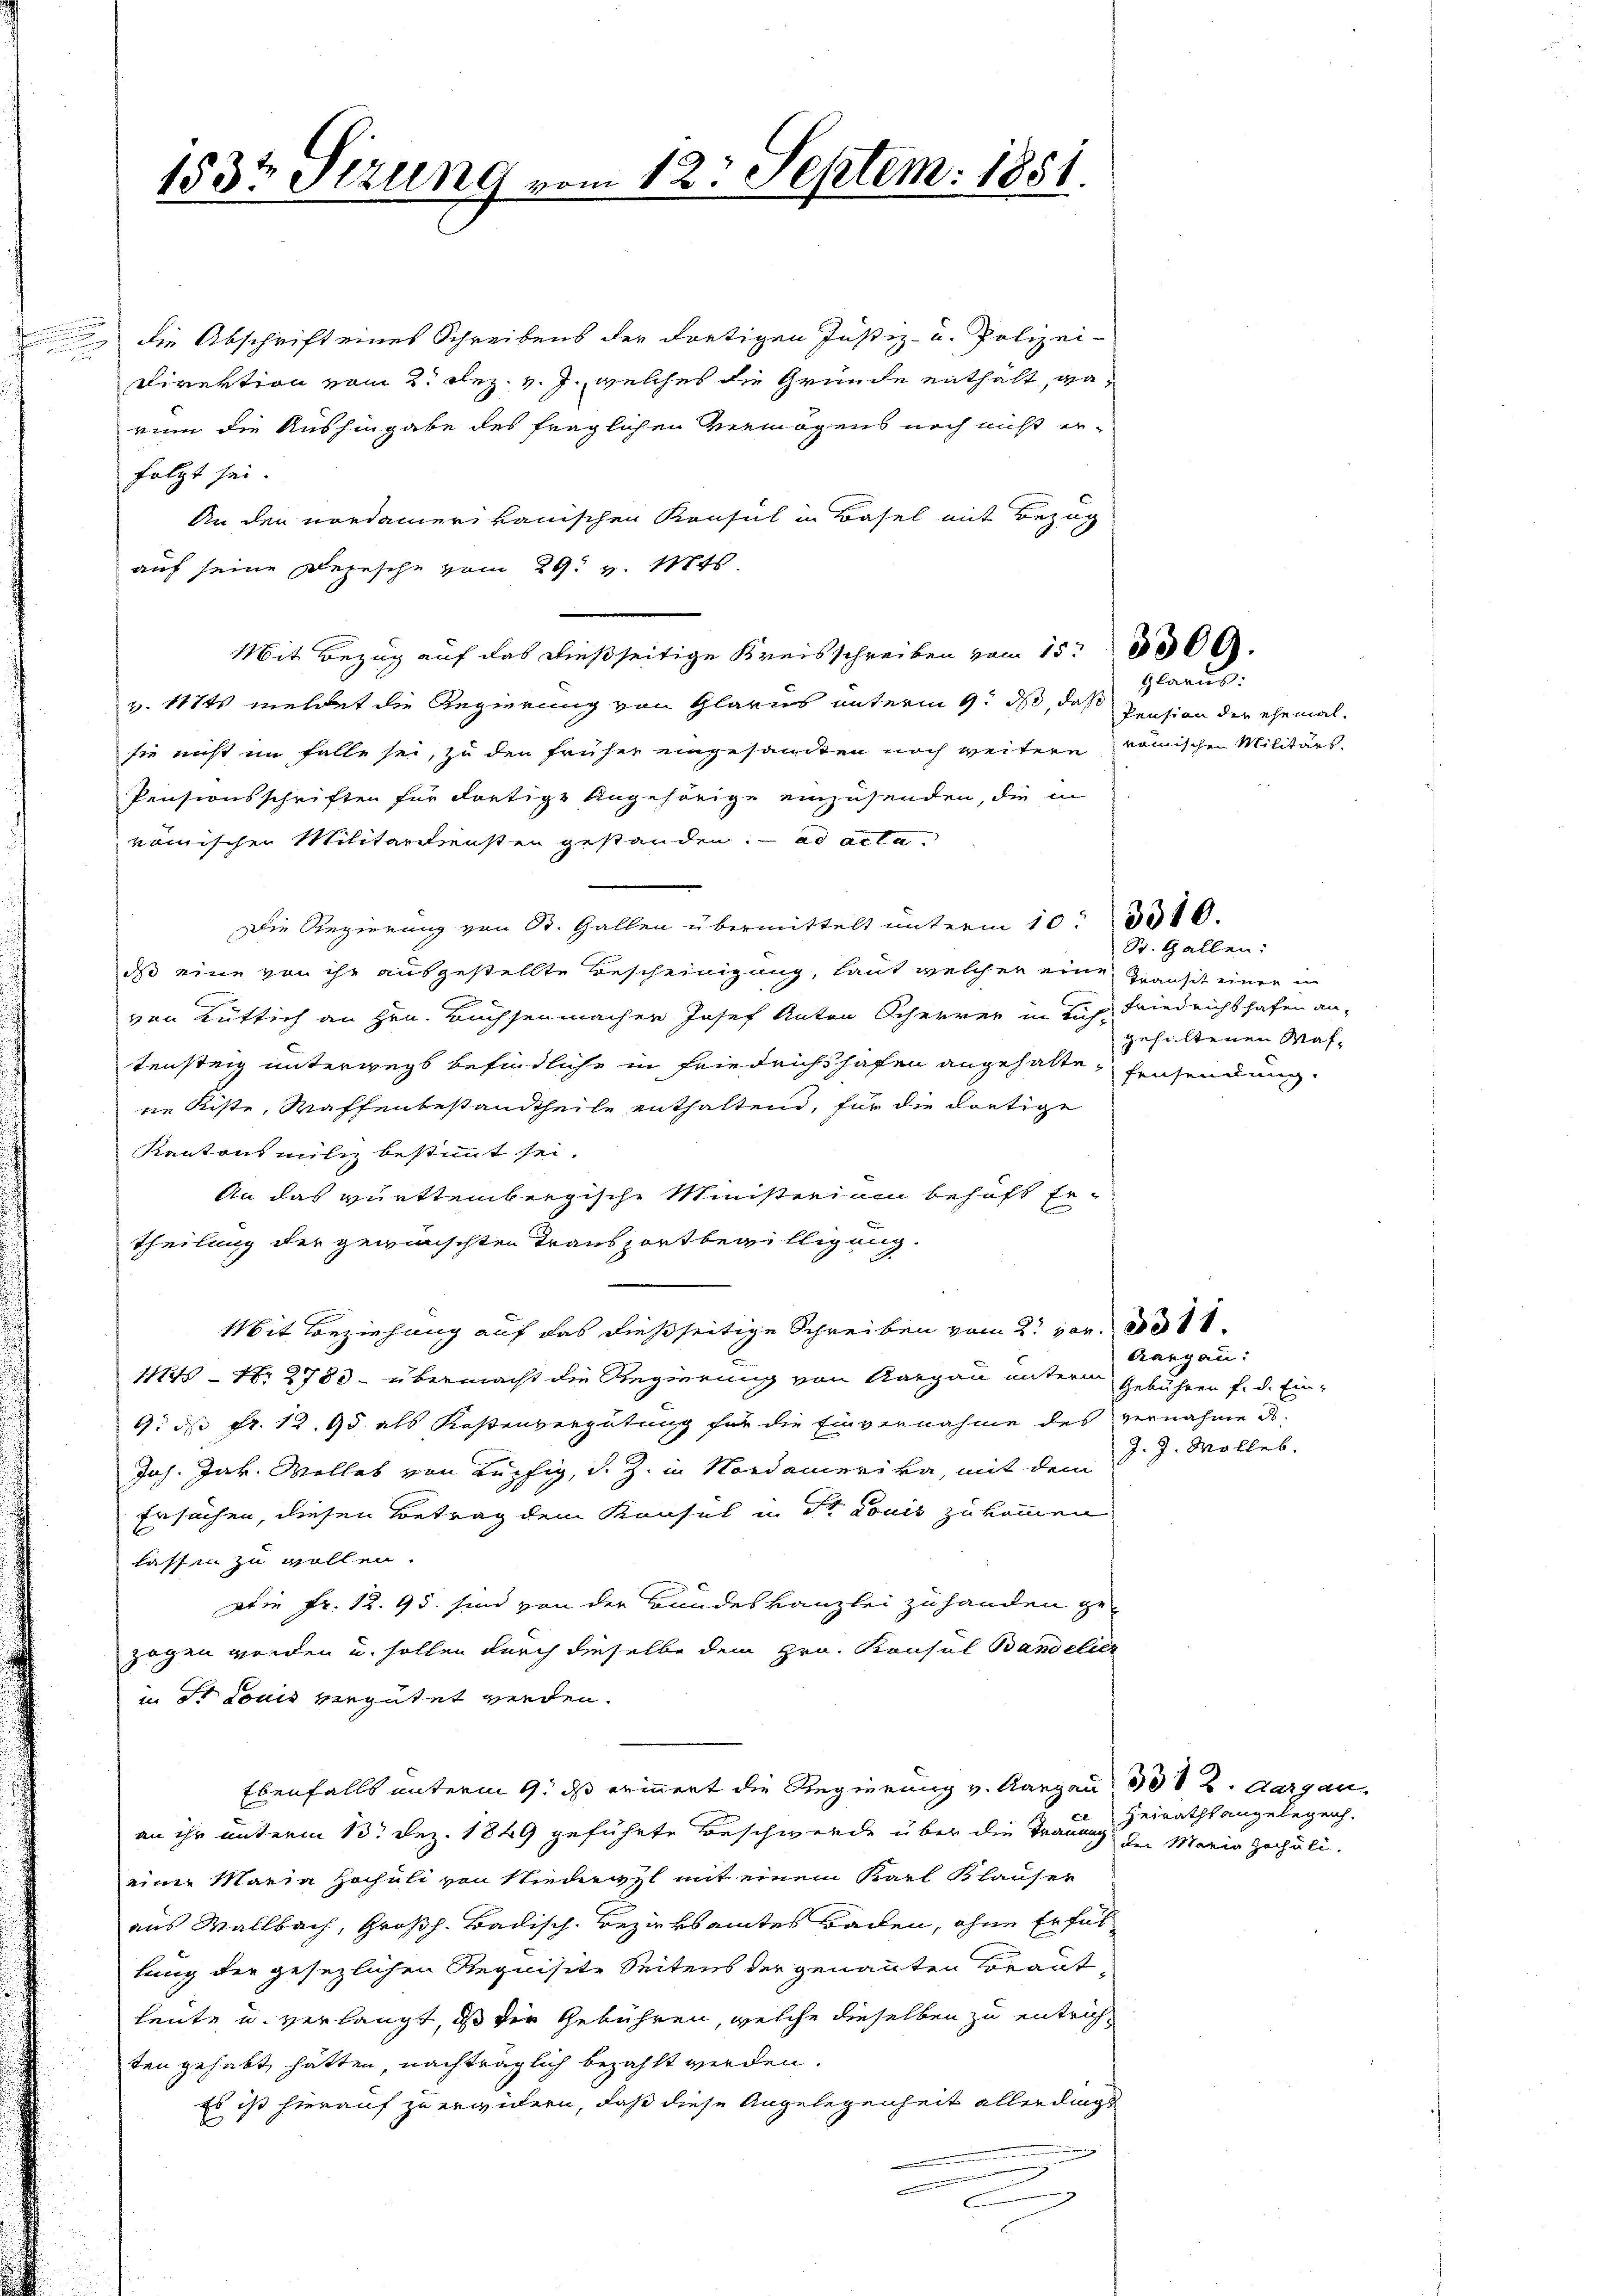
e

183t Sizung

n 12. Septem. 1851.

die Abschrift eines Schreibens der dortigen Justiz- u. Polizei-
Direktion vom 2. Dez. v. J., welches die Gründe enthält, warin die Aushingabe des fraglichen Vermögens noch nicht er-
folgt sei.
An den nordamer kanischen Konsul in Basel mit Bezug
auf seine Depesche vom 29. v. Mts.
Mit Bezug auf das dießseitige Kreisschreiben vom 15. 3500.
v. 117ts meldet die Regierung von Glarus unterm 9. ds, daß
sie nicht im Falle sei, zu den früher eingesandten noch weitern römischen Militärs.
Pensionsschriften für dortige Angehörige einzusenden, die in
römischen Militärdiensten gestanden. ad acta.
Die Regierung von St. Gallen übermittelt unterm 10 3010.
das eine von ihr ausgestellte Bescheinigung, laut welcher eine Hansit einer in
von Rütlich an Hrn. Büchsenmacher Josef Anton Scherrer in sich Friedrichshafen an-
tensteig unterwegs befindliche in Friedrichshofen angehalte Einsendung.
ne Kiste, Waffenbestandtheile enthaltend, für die dortige
Kantons miliz bestimmt sei.
An das württembergische Ministerium behaft getheilung der gewünschten Transportbewilligung.
Mit Beziehung auf das dießseitige Schreiben vom 2. vor. 801 1
11845 - No 2783 - übermacht die Regierung von Aargau unterm Gebühren f. d. Ein-
G. di fr. 12. 95 als Kostenvergütung für die Einvernahme des vernahme d
Joh. Jak. Wolles von Lupfig, d. Z. in Nordamerika, mit dem
Ersuchen, diesen Betrag dem Konsul in St. Louis zu kommen
lassen zu wollen.
Die Fr. 12. 95. sind von der Bundeskanzlei zu handen ge-
zogen werden u. sollen durch dieselbe dem Hrn. Konsul Bandelier
in Dr Louis vergütet werden.
Ebenfalls unterm 9. ds erinnert die Regierung v. Aargau dot 2. Aargau
an ihr unterm 13. Dez. 1849 geführte Beschwerde über die Trauung der Maria Hocholieiner Marie Hochali von Niederrzl mit einem Karl Klauser
aus Wallbach, Großh. Badisch-Bezirksamtes Backen, ohne Erfül
lung der gesezlichen Requisite Seitens der genannten Braut-
leute u. verlangt, daß der Gebühren, welche dieselben zu entrichten gehabt hätten, nachträglich bezahlt werden.
Es ist hierauf zu erwickern, daß diese Angelegenheit allerdings
d

Pension der ehemal

Glarus:

St. Gallen:
gehaltenen Waf¬

Aargau:
J. J. Wolles.

Heirathsangelegen.